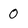
Character: 0